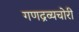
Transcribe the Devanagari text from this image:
गणद्रव्यचोरी